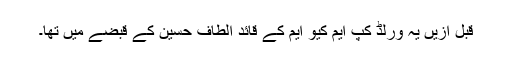
قبل ازیں یہ ورلڈ کپ ایم کیو ایم کے قائد الطاف حسین کے قبضے میں تھا۔